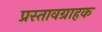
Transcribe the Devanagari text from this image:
प्रस्तावग्राहक